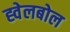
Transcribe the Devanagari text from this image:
ह्वेलबोल